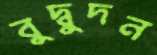
বুদ্বুদন